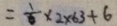
= \frac { 1 } { 6 } \times 2 \times 6 3 + 6